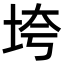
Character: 垮